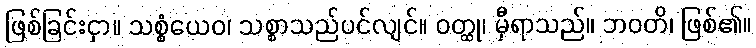
ဖြစ်ခြင်းငှာ။ သစ္စံယေဝ၊ သစ္စာသည်ပင်လျင်။ ဝတ္ထု၊ မှီရာသည်။ ဘဝတိ၊ ဖြစ်၏။